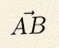
\vec{AB}